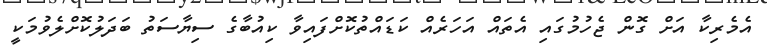
އެމެރިކާ އަށް ގޮން ޖެހުމުގައި އެތައް އަހަރެއް ކަޑައްތުކޮށްފައިވާ ކިއުބާގެ ސިޔާސަތު ބަދަލުކޮށްލެވުމަކީ